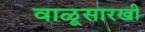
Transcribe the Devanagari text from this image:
वाळूसारखी